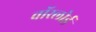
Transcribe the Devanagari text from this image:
वॉरलोर्ड